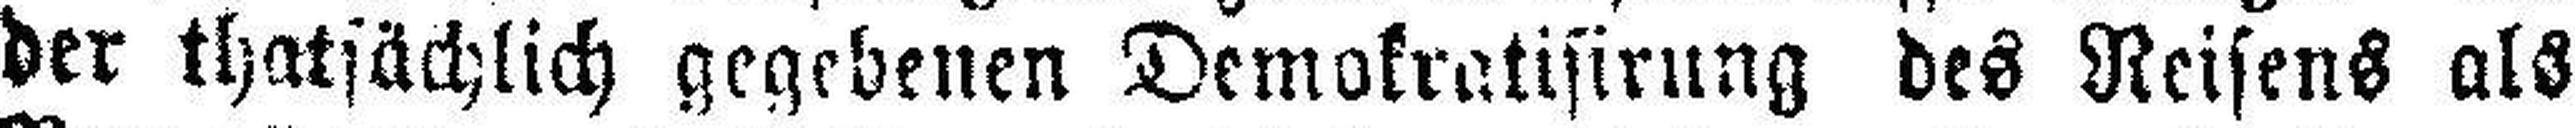
der thatsächlich gegebenen Demokratisirung des Reisens als